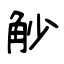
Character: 觘